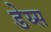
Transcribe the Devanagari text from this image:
डेय्स